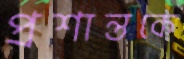
প্রশান্তকে